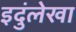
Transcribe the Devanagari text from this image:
इदुंलेखा